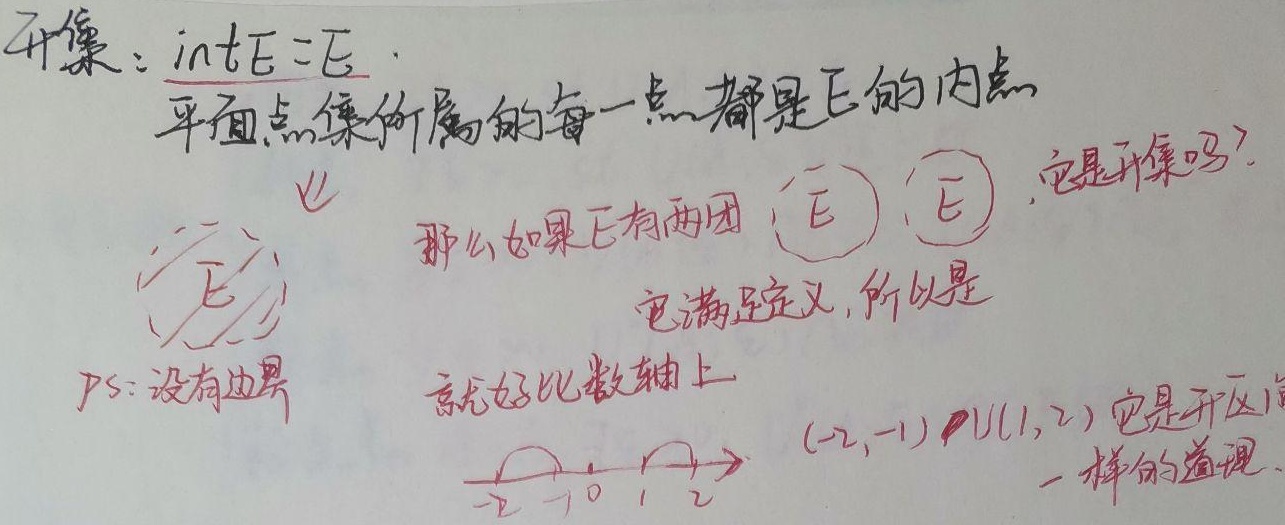
开集：\(\text{int}E = E\)。平面点集所属的每一点都是\(E\)的内点。PS：没有边界。那么如果\(E\)有两团 \(E\) \(E\)，它是开集吗？它满足定义，所以是。就好比数轴上\((-2,-1)\cup(1,2)\)它是开区间一样的道理。